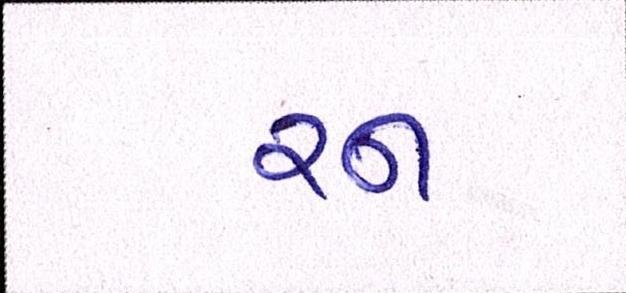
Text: રન